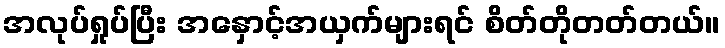
အလုပ်ရှုပ်ပြီး အနှောင့်အယှက်များရင် စိတ်တိုတတ်တယ်။